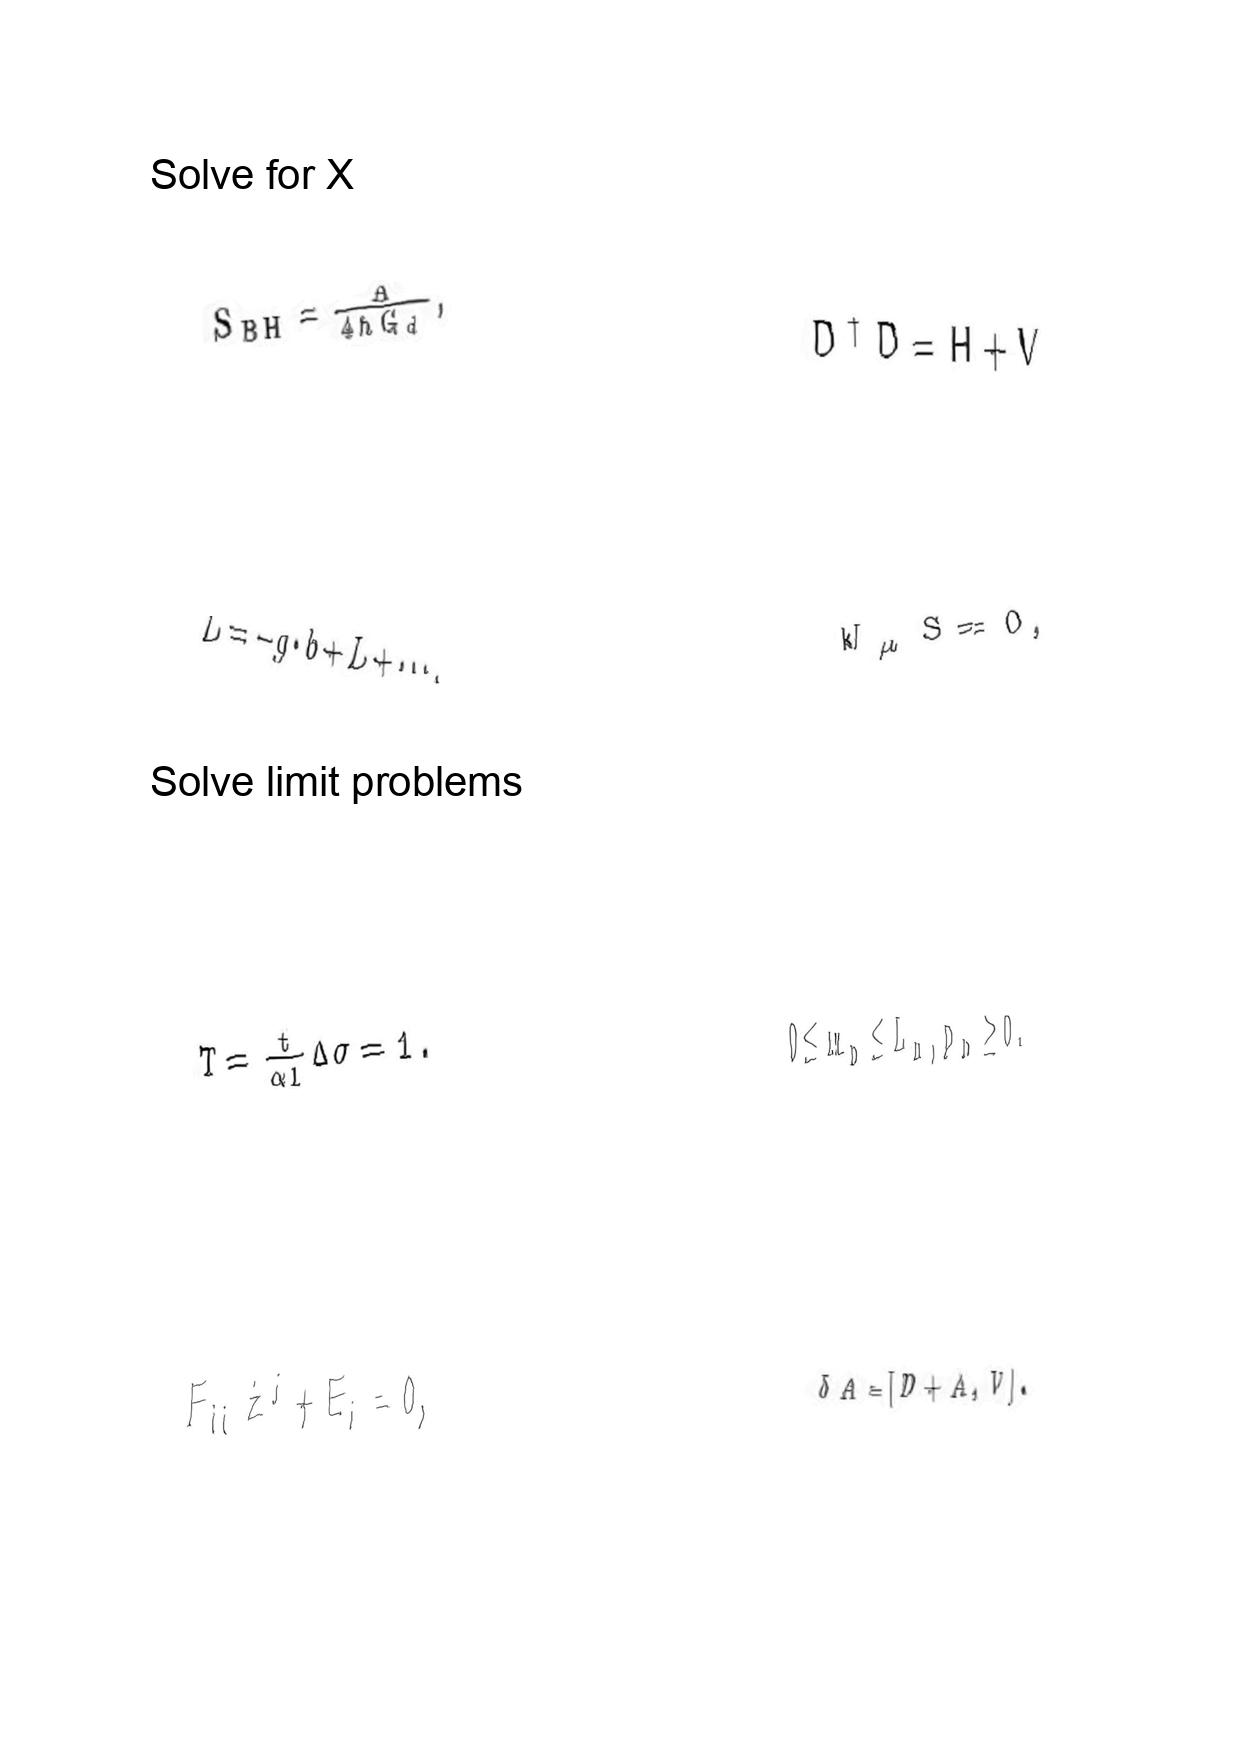
LaTeX transcription:
S _ { B H } = \frac { A } { 4 \hbar G _ { d } } ,
\bar { L } = - g \cdot b + L + \@cdots ,
T = \frac { t } { \alpha l } \Delta \sigma = 1 .
F _ { i j } \dot { z } ^ { j } + E _ { i } = 0 ,
D ^ { \dagger } D = H + V
W _ { \mu } S = 0 ,
0 \le m _ { n } \le L _ { n } , p _ { n } \ge 0 .
\delta A = \lbrack D + A , V \rbrack .